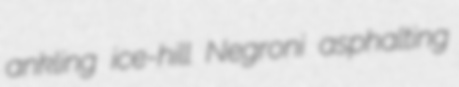
ankling ice-hill Negroni asphalting